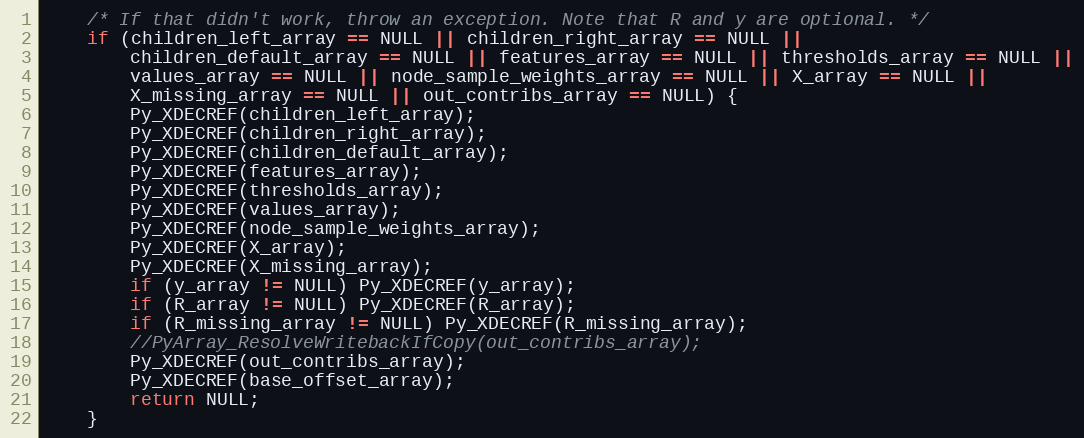
Language: C++
    /* If that didn't work, throw an exception. Note that R and y are optional. */
    if (children_left_array == NULL || children_right_array == NULL ||
        children_default_array == NULL || features_array == NULL || thresholds_array == NULL ||
        values_array == NULL || node_sample_weights_array == NULL || X_array == NULL ||
        X_missing_array == NULL || out_contribs_array == NULL) {
        Py_XDECREF(children_left_array);
        Py_XDECREF(children_right_array);
        Py_XDECREF(children_default_array);
        Py_XDECREF(features_array);
        Py_XDECREF(thresholds_array);
        Py_XDECREF(values_array);
        Py_XDECREF(node_sample_weights_array);
        Py_XDECREF(X_array);
        Py_XDECREF(X_missing_array);
        if (y_array != NULL) Py_XDECREF(y_array);
        if (R_array != NULL) Py_XDECREF(R_array);
        if (R_missing_array != NULL) Py_XDECREF(R_missing_array);
        //PyArray_ResolveWritebackIfCopy(out_contribs_array);
        Py_XDECREF(out_contribs_array);
        Py_XDECREF(base_offset_array);
        return NULL;
    }